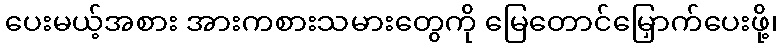
ပေးမယ့်အစား အားကစားသမားတွေကို မြေတောင်မြှောက်ပေးဖို့၊